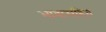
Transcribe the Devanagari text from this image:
भावासहित